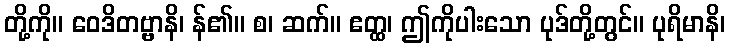
တို့ကို။ ဝေဒိတဗ္ဗာနိ၊ န်၏။ စ၊ ဆက်။ ဧတ္ထ၊ ဤကိုပါးသော ပုဒ်တို့တွင်။ ပုရိမာနိ၊